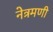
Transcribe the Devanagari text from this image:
नेत्रमणी